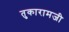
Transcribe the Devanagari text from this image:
तुकारामजी